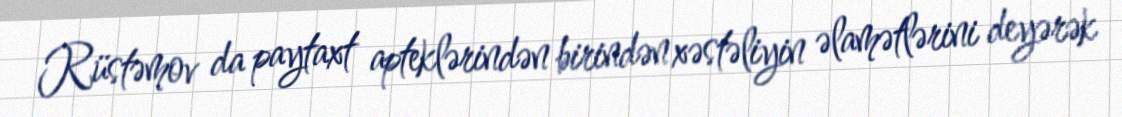
Rüstəmov da paytaxt apteklərindən birindən xəstəliyin əlamətlərini deyərək